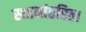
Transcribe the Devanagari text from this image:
स्थानांतरित।